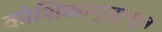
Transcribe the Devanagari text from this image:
कोशिकागृह्यसूत्र